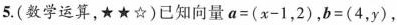
5.(数学运算，★★☆)已知向量$$a = ( x - 1，2 )$$，$$b = ( 4 ，y )$$，